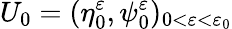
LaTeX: U_{0}=(\eta_{0}^{\varepsilon},\psi_{0}^{\varepsilon})_{0<\varepsilon<\varepsilon_{0}}